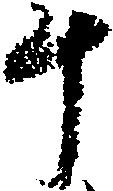
斗